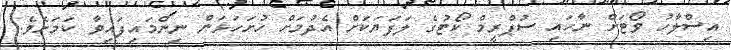
އިސްލާހު ވޯޓަށް ނާހައި ސުޕްރީމް ކޯޓުގެ ލަފަޔަކަށް އެދުމަށް ހުށަހަޅަން ނިންމައިފައިވާ ކަމަށެވެ.